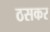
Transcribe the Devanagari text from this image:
ठसकर